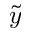
\tilde { y }